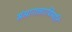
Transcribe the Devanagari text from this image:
संसारात्तारयिष्यति